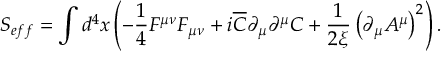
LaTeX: S _ { e f f } = \int { d ^ { 4 } } x \left( { - \frac { 1 } { 4 } F ^ { \mu \nu } F _ { \mu \nu } + i \overline { { C } } \partial _ { \mu } \partial ^ { \mu } C + \frac { 1 } { { 2 \xi } } \left( { \partial _ { \mu } A ^ { \mu } } \right) ^ { 2 } } \right) .